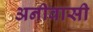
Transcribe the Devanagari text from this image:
अनीवासी